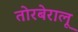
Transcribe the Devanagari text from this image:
तोरबेरालू